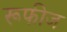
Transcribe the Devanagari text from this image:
रूफीज